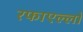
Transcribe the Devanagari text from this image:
रफाएल्लो